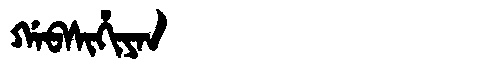
Manchu: ᡤᠠᠪᠰᡳᡥᡳᠶᠠᠨ
Romanization: GABSIHIYAN